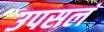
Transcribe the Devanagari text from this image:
उपसलं